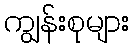
ကျွန်းစုများ